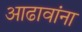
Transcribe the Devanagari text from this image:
आढावांना